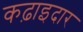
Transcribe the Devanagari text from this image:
कढ़ाइदार